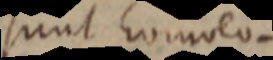
sunt homolo–